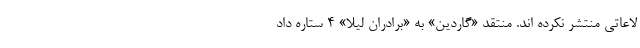
لاعاتی منتشر نکرده اند. منتقد «گاردین» به «برادران لیلا» ۴ ستاره داد